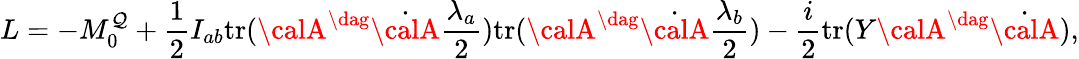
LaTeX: L=-M_{0}^{\mathcal{Q}}+\frac{{1}}{{2}}I_{ab}\mathrm{{tr}}({\calA}^{\dag}\dot{{\calA}}\frac{{\lambda_{a}}}{{2}})\mathrm{{tr}}({\calA}^{\dag}\dot{{\calA}}\frac{{\lambda_{b}}}{{2}})-\frac{{i}}{{2}}\mathrm{{tr}}(Y{\calA}^{\dag}\dot{{\calA}}),